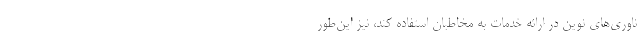
ناوری‌های نوین در ارائه خدمات به مخاطبان استفاده کند، نیز این‌طور